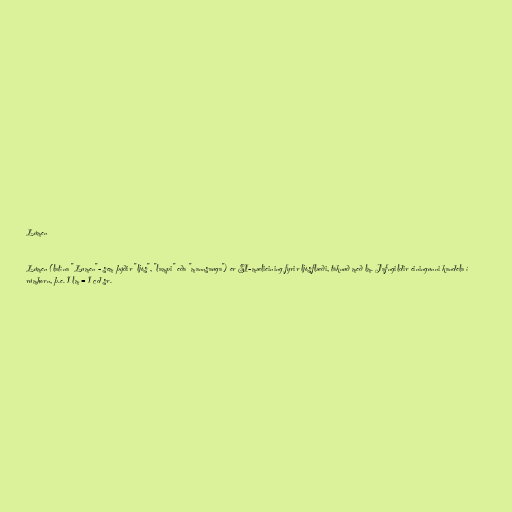
Lúmen

Lúmen (latína "Lumen"- sem þýðir "ljós", "lampi" eða "mannsauga") er SI-mælieining fyrir ljósflæði, táknuð með lm. Jafngildir einingunni kandela í
rúmhorn, þ.e. 1 lm = 1 cd sr.